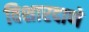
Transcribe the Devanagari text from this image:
विशारदाणे